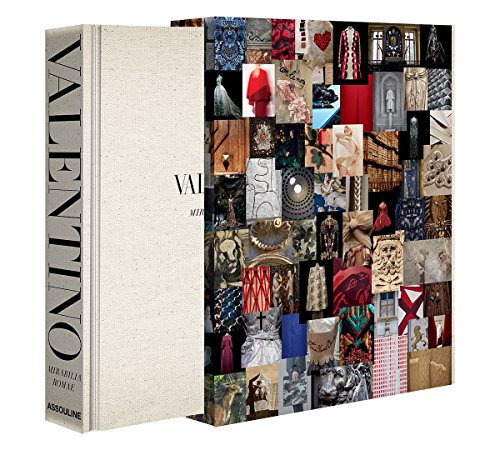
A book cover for Valentino Mirabilia Romae; Humor & Entertainment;